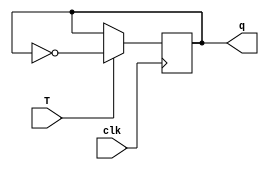
module tff(T,clk,q);
  input T,clk;
  output reg q;
  initial q=0;
  always@(posedge clk)
    begin
    if(T==0)
      q<=q;
      else
        q<=~q;
    end
endmodule